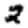
Digit: 2